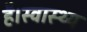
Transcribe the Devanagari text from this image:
है।स्वास्थ्य